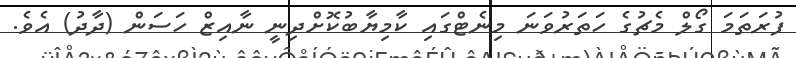
ފުރަތަމަ ގޯލް މެޗުގެ ހަތަރުވަނަ މިނެޓްގައި ކާމިޔާބުކޮށްދިނީ ނާއިޒް ހަސަން (ދާދު) އެވެ.